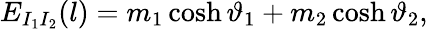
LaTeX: E_{I_{1}I_{2}}(l)=m_{1}\cosh\vartheta_{1}+m_{2}\cosh\vartheta_{2},